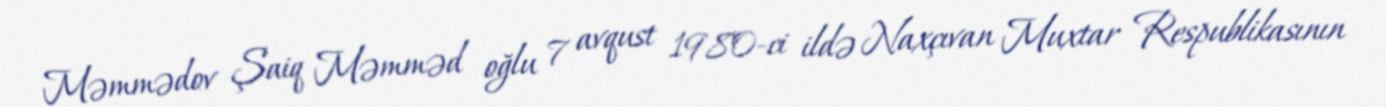
Məmmədov Şaiq Məmməd oğlu 7 avqust 1980-ci ildə Naxçıvan Muxtar Respublikasının